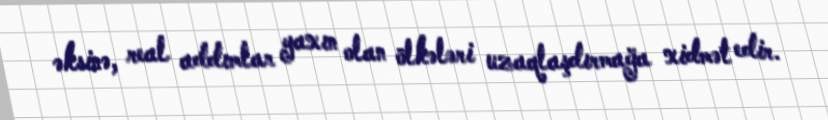
əksinə, real addımlar yaxın olan ölkələri uzaqlaşdırmağa xidmət edir.